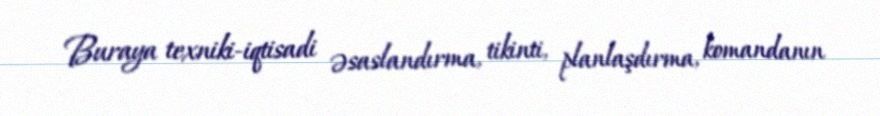
Buraya texniki-iqtisadi əsaslandırma, tikinti, planlaşdırma, komandanın